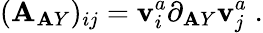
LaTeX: (\mathbf{A}_{\mathbf{A}Y})_{ij}=\mathbf{v}_{i}^{a}\partial_{\mathbf{A}Y}\mathbf{v}_{j}^{a}\; .